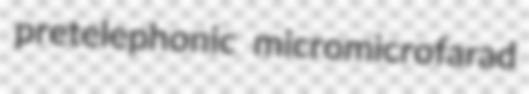
pretelephonic micromicrofarad